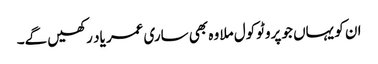
ان کو یہاں جو پروٹوکول ملا وہ بھی ساری عمر یاد رکھیں گے۔